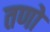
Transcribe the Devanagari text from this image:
तणो